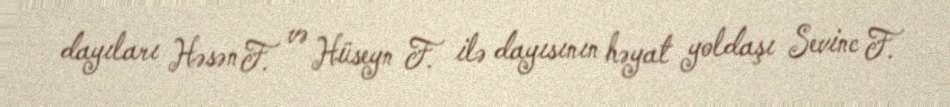
dayıları Həsən F. və Hüseyn F. ilə dayısının həyat yoldaşı Sevinc F.